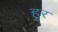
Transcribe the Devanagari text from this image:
हुर